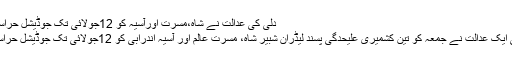
دلی کی عدالت نے شاہ،مسرت اورآسیہ کو 12جولائی تک جوڈیشل حراست میں بھیج دیا
سرینگر/دلی کی ایک عدالت نے جمعہ کو تین کشمیری علیحدگی پسند لیڈران شبیر شاہ، مسرت عالم اور آسیہ اندرابی کو 12جولائی تک جوڈیشل حراست میں بھیجدیا۔